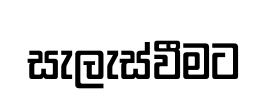
සැලැස්වීමට